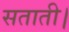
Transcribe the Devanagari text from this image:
सताती।